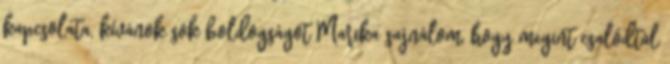
kapcsolata, kívánok sok boldogságot Marika sajnálom, hogy megint csalódtál